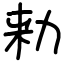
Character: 𠡠